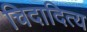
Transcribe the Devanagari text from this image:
चिदादित्य